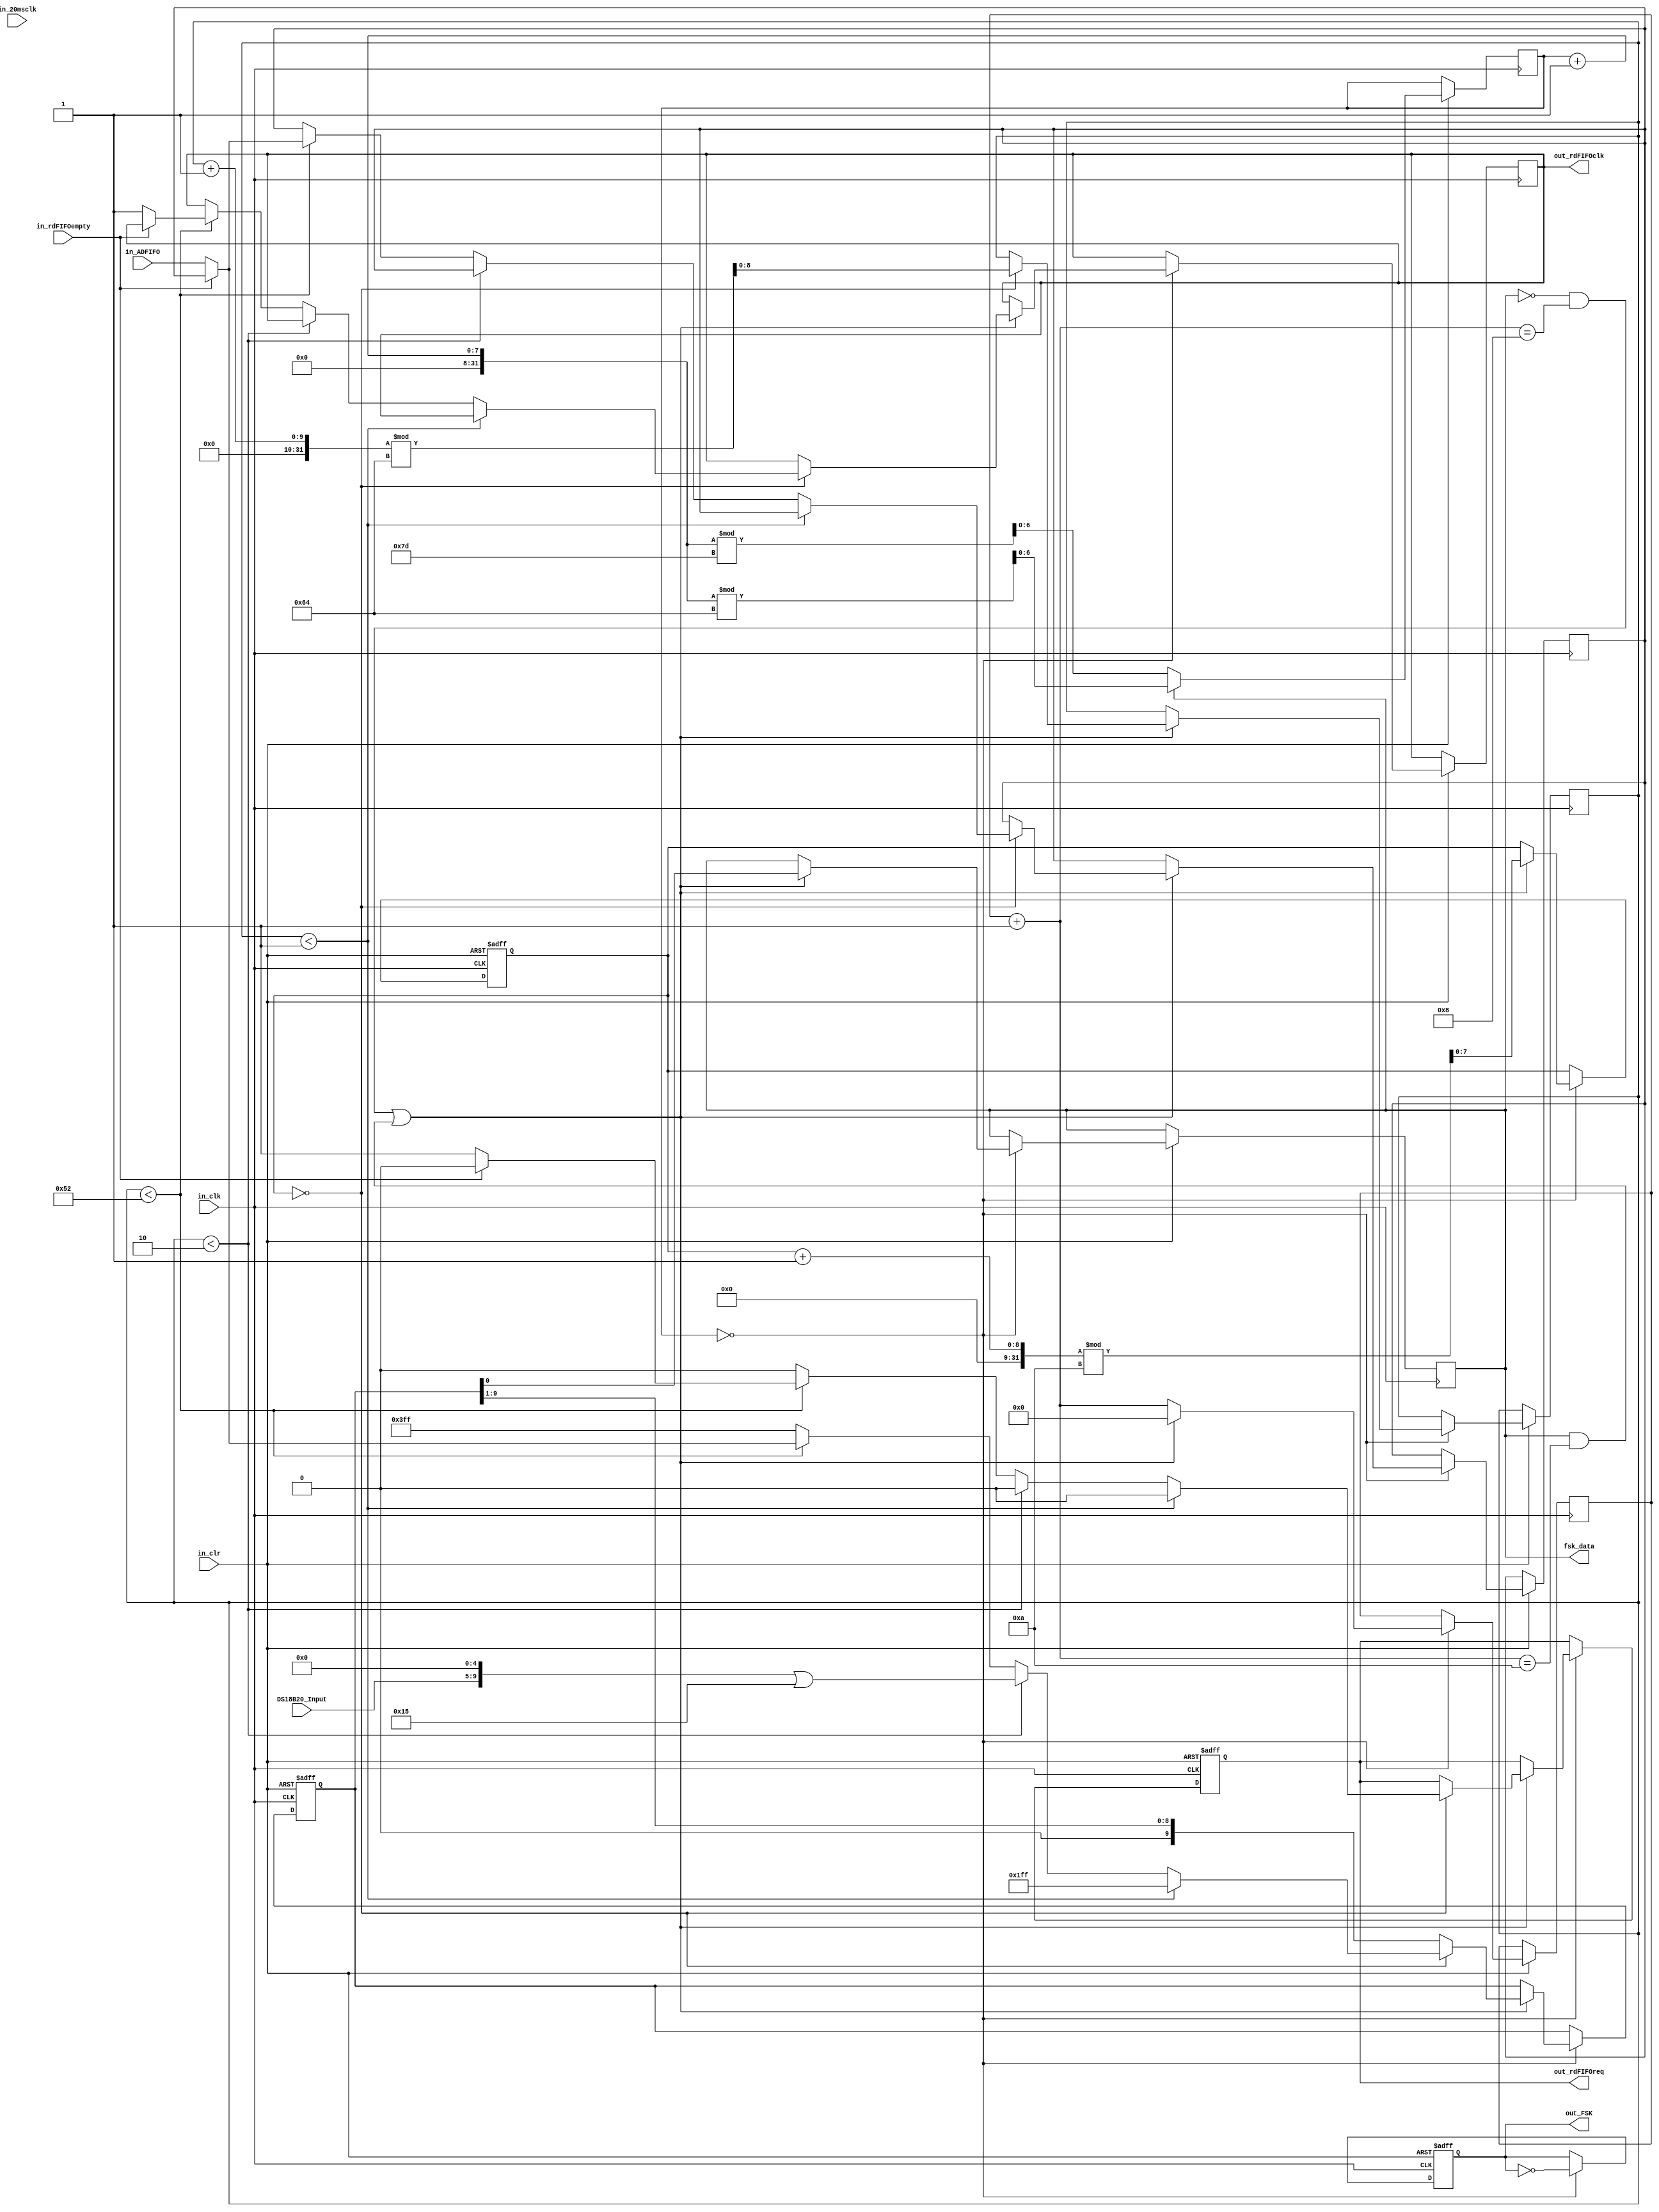
/*******************************(C) COPYRIGHT 2019 Teemo*********************************/
/**============================================================================
* @FileName    : App_fsk_signal.v
* @Description : FSK
* @Date        : 2019/4/23
* @By          : Teemo
* @Email       : 
* @Platform    : Quartus Prime 18.0 (64-bit) (EP4CE22E22C8)
* @Explain     : FSK
*=============================================================================*/ 
/*  ---------------------------*/
module App_FSK
( 
	input in_clr     
	,input in_clk     
	,input in_20msclk    
	,input[9:0] in_ADFIFO  
	,input in_rdFIFOempty
    ,input[4:0] DS18B20_Input
    
	,output reg out_rdFIFOclk   
	,output reg out_rdFIFOreq
	,output reg fsk_data
	,output out_FSK
	 
);	 

/*  -------------------------*/
reg fsk_signal;//fsk_signal
reg [6:0]fsk_wave_cnt;
reg [3:0]fsk_switch_cnt;
reg [9:0]output_data;
reg [9:0]old_output_data;
reg [7:0]output_data_cnt;
//reg fsk_data; 
//reg send_flag;
//reg [3:0]send_state;
reg [8:0]send_data_cnt;
//reg sig_20msclk;
//reg ack_20msclk;

/*  ---------------------------*/
assign out_FSK = fsk_signal;
//assign fsk_data = output_data[0];
/*  ---------------------------*/
always @(posedge in_clk or negedge in_clr)// or posedge sig_20msclk or posedge ack_20msclk
begin   
	if(in_clr == 0) 
	begin
		fsk_signal = 0;
        output_data = 10'b1010101010;    //01001010    10110101   01001010
        output_data_cnt <= 0;
        //fsk_data = 0;
        //send_data_cnt <= 0;
        //fsk_switch_cnt <= 0;
        //send_flag = 0;
        out_rdFIFOreq <= 0;
	end
	
    else
    
    begin
        //out_rdFIFOreq <= 1;
        
        if(fsk_data==1)   //1500k,
        begin
            fsk_wave_cnt <= (fsk_wave_cnt + 1)%100; //25 500k 1us 2us
        end
        else
        begin
            fsk_wave_cnt <= (fsk_wave_cnt + 1)%125; //20 400k 1.25us 2.5us
        end
        
        
        if(fsk_wave_cnt == 0) // 
        begin
            fsk_switch_cnt = fsk_switch_cnt + 1;
            fsk_signal = ~fsk_signal;
           
            if((fsk_data==0 && fsk_switch_cnt==8) || (fsk_data==1 && fsk_switch_cnt==10)) //
            begin                                                                         //10us 4/5 100k
                fsk_switch_cnt = 0;
                output_data_cnt <= (output_data_cnt + 1)%10;
                //fsk_data = 1;
                //fsk_data <= !fsk_data;
                fsk_data <= output_data[0];
                output_data <= (output_data>>1);
                
                if(output_data_cnt == 0) //,100us    10bit 10k 100us 0.1ms*160=16ms
                begin
                    send_data_cnt <= (send_data_cnt+1)%100;   //100 10ms/cycle
                    
                    
                    if(send_data_cnt < 1)//5
                    begin
                        output_data <= 10'b0111111111;//10'b0000000000;
                        out_rdFIFOreq <= 0;
                    end
                    
                    else if(send_data_cnt < 2)//5
                    begin
                        output_data <= (DS18B20_Input<<5)|5'b10101;// 10101       10'b0101010101;//10'b0000000000;
                        out_rdFIFOreq <= 0;
                    end
                    
                    else if(send_data_cnt < 82)//161   80
                    begin
                        if(in_rdFIFOempty)
                        begin
                            output_data <= old_output_data;
                            out_rdFIFOreq <= 0;
                        end
                        else
                        begin
                            out_rdFIFOreq <= 1;
                            out_rdFIFOclk <= 1;
                            output_data <= in_ADFIFO;//10'b1110100001;//
                            old_output_data <= in_ADFIFO;//10'b1110100001;//
                        end
                    end
                    
                    else
                    begin
                        output_data <= 10'b1111111111;
                        out_rdFIFOreq <= 0;
                    end
                    
                    
                    //out_rdFIFOreq <= 1;
                    //output_data = in_ADFIFO;
                end
            end

//            else
//            begin
//                out_rdFIFOclk <= 0;
//            end
            
//            if(send_data_cnt == 0)
//            begin
//            
//                output_data = 10'b1010101010;
//            end
//                else if(send_data_cnt < 5)
//                begin
//                    output_data = 10'b1010101010;
//                end
//                else if(send_data_cnt < 165)
//                begin
//                    if(in_rdFIFOempty)
//                        output_data = 10'b1111111111;
//                    else
//                    begin
//                        out_rdFIFOreq <= 1;
//                        out_rdFIFOclk <= 1;
//                        output_data = in_ADFIFO;
//                    end
//                end
//            else 
//            begin
//                output_data = 10'b1111000010;
//            
//            end
            
        
        end    
        
            

    
    end
    
	
end 
  
  
  


endmodule
/*******************************(C) COPYRIGHT 2019 Teemo*********************************/


    //            if(fsk_data==1 && fsk_switch_cnt==8)  //
    //            begin
    //                fsk_switch_cnt = 0;
    //                //output_data <= (output_data>>1);
    //                //output_data_cnt <= (output_data_cnt + 1)%8;
    //                //fsk_data = 0;
    //                fsk_data = output_data[0];
    //            end
             
    //            if(fsk_switch_cnt == 0)
    //            begin 
    //            
    //            end


//                case (send_data_cnt)
//                    0:
//                    1,2,3,4,5: output_data = 10'b1010101010; 
                    
                
//                if(send_data_cnt == 2)
//                    send_state = 1;
//                else if(send_data_cnt == 162)
//                    send_state = 2;
//                    
//                    
//                if(send_state == 0)
//                    output_data = 10'b1010101010; 
//                else if(send_state == 1)
//                begin
//                    out_rdFIFOreq <= 1;
//                    out_rdFIFOclk <= 1;
//                    output_data = in_ADFIFO;
//                end
//                else if(send_state == 2)
//                begin
//                    send_flag = 0;
//                end


    
//    if(sig_20msclk)
//        if(!ack_20msclk)
//        begin
//            ack_20msclk = 1;
//            send_data_cnt <=0;
//            send_flag = 1;
//            send_state = 0;
//        end
//    else
//        if(ack_20msclk)
//            ack_20msclk = 0;
    
    
//    if(send_flag) 
//    begin
//	end



//	else 
//	
//	begin
        
        
//        else //
//        begin
//            send_data_cnt <= 0;
//            out_rdFIFOreq <= 0;
//            out_rdFIFOclk <= 0;
//            output_data <= 0;
//            fsk_signal <= 0;
//            fsk_wave_cnt <= 0;
//        
//        end
	
//    end




//always @(posedge in_20msclk)
//begin
//    if(in_20msclk)
//        sig_20msclk <= 1;
//    else
//    begin
//        if(ack_20msclk)
//            sig_20msclk <= 0;
//    end
//    
//end